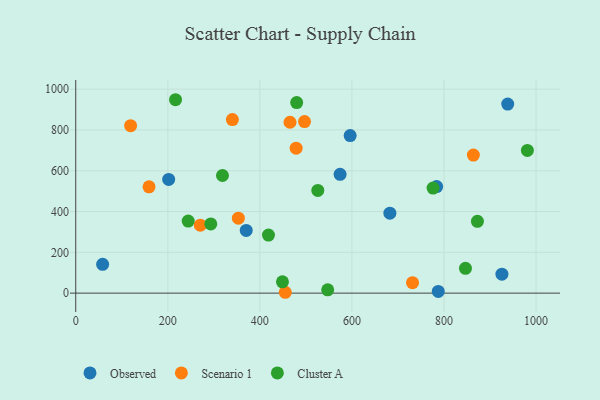
{"axis": {"x": "Ad Spend", "y": "Yield"}, "legend": ["Cluster A", "Observed", "Scenario 1"], "data": [{"x": "201.9", "y": 557.5, "type": "Observed"}, {"x": "596.2", "y": 772.5, "type": "Observed"}, {"x": "370.4", "y": 307.3, "type": "Observed"}, {"x": "58.4", "y": 141.2, "type": "Observed"}, {"x": "925.9", "y": 93.0, "type": "Observed"}, {"x": "787.6", "y": 8.2, "type": "Observed"}, {"x": "682.5", "y": 392.2, "type": "Observed"}, {"x": "938.5", "y": 927.0, "type": "Observed"}, {"x": "574.3", "y": 582.6, "type": "Observed"}, {"x": "784.1", "y": 522.3, "type": "Observed"}, {"x": "455.2", "y": 4.2, "type": "Scenario 1"}, {"x": "731.7", "y": 51.3, "type": "Scenario 1"}, {"x": "119.2", "y": 821.1, "type": "Scenario 1"}, {"x": "353.3", "y": 367.6, "type": "Scenario 1"}, {"x": "863.9", "y": 676.8, "type": "Scenario 1"}, {"x": "340.3", "y": 850.8, "type": "Scenario 1"}, {"x": "159.2", "y": 521.1, "type": "Scenario 1"}, {"x": "270.6", "y": 333.0, "type": "Scenario 1"}, {"x": "465.5", "y": 837.7, "type": "Scenario 1"}, {"x": "478.8", "y": 710.8, "type": "Scenario 1"}, {"x": "497.0", "y": 841.3, "type": "Scenario 1"}, {"x": "872.7", "y": 352.1, "type": "Cluster A"}, {"x": "418.7", "y": 284.7, "type": "Cluster A"}, {"x": "981.2", "y": 699.4, "type": "Cluster A"}, {"x": "846.7", "y": 121.8, "type": "Cluster A"}, {"x": "525.9", "y": 503.7, "type": "Cluster A"}, {"x": "547.4", "y": 16.1, "type": "Cluster A"}, {"x": "318.8", "y": 576.6, "type": "Cluster A"}, {"x": "293.4", "y": 339.2, "type": "Cluster A"}, {"x": "449.1", "y": 55.4, "type": "Cluster A"}, {"x": "216.8", "y": 948.2, "type": "Cluster A"}, {"x": "776.3", "y": 515.2, "type": "Cluster A"}, {"x": "244.3", "y": 353.3, "type": "Cluster A"}, {"x": "480.0", "y": 934.3, "type": "Cluster A"}]}